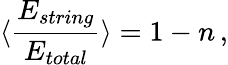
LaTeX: \langle\frac{E_{string}}{E_{total}}\rangle=1-n\, ,